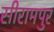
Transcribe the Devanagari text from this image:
सीरामपुर